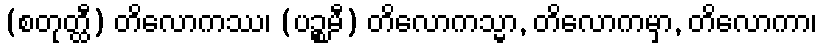
(စတုတ္ထီ) တိလောကဿ၊ (ပဉ္စမီ) တိလောကသ္မာ, တိလောကမှာ, တိလောကာ၊